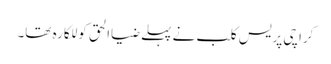
کراچی پریس کلب نے پہلے ضیاالحق کو للکارہ تھا۔